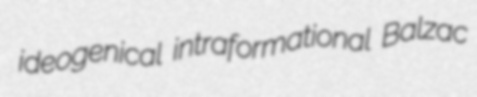
ideogenical intraformational Balzac